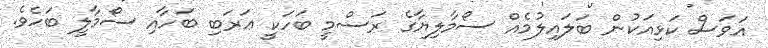
އަވަސް ކަޅިއަކުން ބަލައިލުމެއް ސޯމާލިޔާގެ ރަސްމީ ބަހަކީ ޢަރަބި ބަހާއި ސޯމާލީ ބަހެވެ.